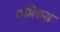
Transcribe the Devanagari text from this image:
धमिकस